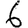
Digit: 6